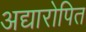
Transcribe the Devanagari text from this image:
अद्यारोपित